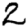
Digit: 2